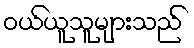
ဝယ်ယူသူများသည်